Annual administration report of the Civil Veterinary Department of India - 1896-1897
Year: 1896
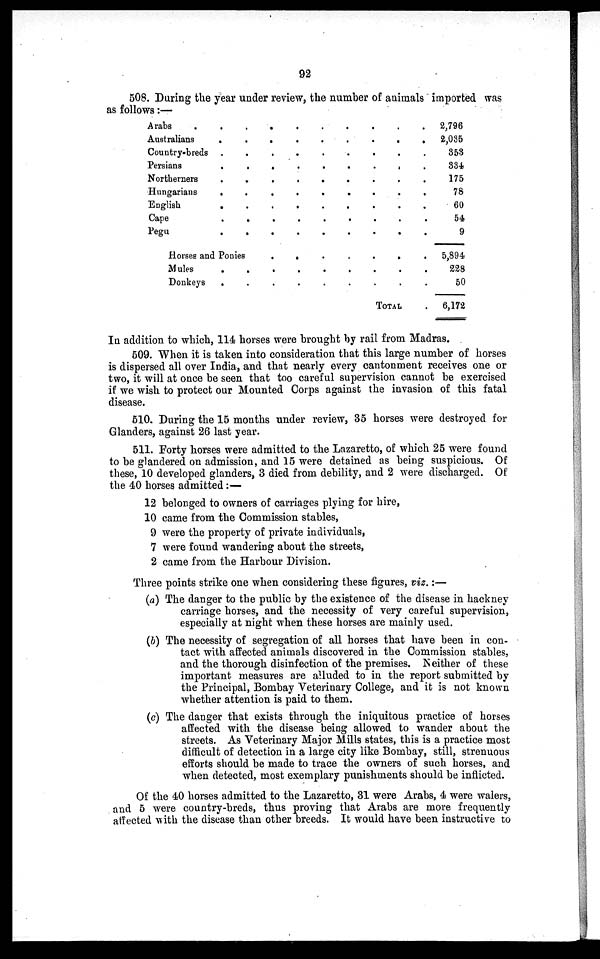
92
508. During the year under review, the number of animals imported was
as follows:—
Arabs .
Australians
Country-breds
Persians
Northerners
Hungarians
English
Cape
Pegu
. .
. .
. .
. .
. .
. .
. .
. .
. .
Horses and Ponies
Mules
Donkeys
. .
. .
. . .
. . .
. . .
. . .
. . .
. . .
. . .
. . .
. . .
. . .
. . .
. . .
. . .
. . .
. . .
. . .
. . .
. . .
. . .
.
.
.
. . .
. . .
. . .
. . .
TOTAL
.
2,796
.
2,035
. 353
. 334
. 175
. 78
. 60
. 54
. 9
.
5,894
. 228
. 50
.
6,172
In addition to which, 114 horses were brought by rail from Madras.
509. When it is taken into consideration that this large number of horses
is dispersed all over India, and that nearly every cantonment receives one or
two, it will at once be seen that too careful supervision cannot be exercised
if we wish to protect our Mounted Corps against the invasion of this fatal
disease.
510. During the 15 months under review, 35 horses were destroyed for
Glanders, against 26 last year.
511. Forty horses were admitted to the Lazaretto, of which 25 were found
to be glandered on admission, and 15 were detained as being suspicious. Of
these, 10 developed glanders, 3 died from debility, and 2 were discharged. Of
the 40 horses admitted:—
12 belonged to owners of carriages plying for hire,
10 came from the Commission stables,
9 were the property of private individuals,
7 were found wandering about the streets,
2 came from the Harbour Division.
Three points strike one when considering these figures, viz.:—
(a) The danger to the public by the existence of the disease in hackney
carriage horses, and the necessity of very careful supervision,
especially at night when these horses are mainly used.
(b) The necessity of segregation of all horses that have been in con-
tact with affected animals discovered in the Commission stables,
and the thorough disinfection of the premises. Neither of these
important measures are alluded to in the report submitted by
the Principal, Bombay Veterinary College, and it is not known
whether attention is paid to them.
(c) The danger that exists through the iniquitous practice of horses
affected with the disease being allowed to wander about the
streets. As Veterinary Major Mills states, this is a practice most
difficult of detection in a large city like Bombay, still, strenuous
efforts should be made to trace the owners of such horses, and
when detected, most exemplary punishments should be inflicted.
Of the 40 horses admitted to the Lazaretto, 31 were Arabs, 4 were walers,
and 5 were country-breds, thus proving that Arabs are more frequently
affected with the disease than other breeds. It would have been instructive to